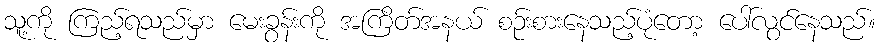
သူ့ကို ကြည့်ရသည်မှာ မေးခွန်းကို အကြိတ်အနယ် စဉ်းစားနေသည့်ပုံတော့ ပေါ်လွင်နေသည်။